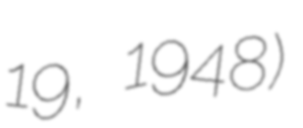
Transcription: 19, 1948)